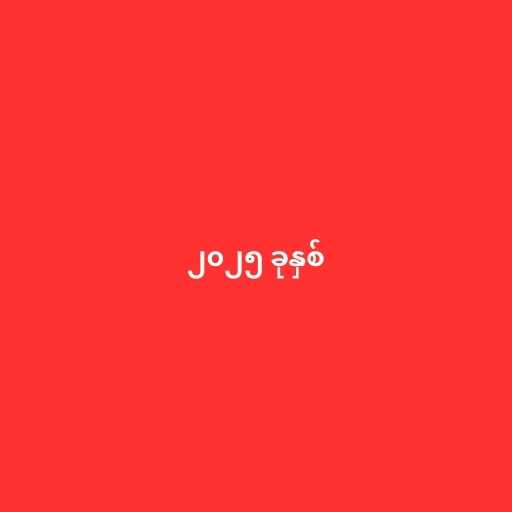
၂၀၂၅ ခုနှစ်